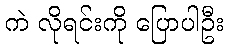
ကဲ လိုရင်းကို ပြောပါဦး